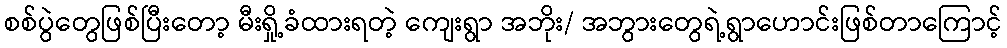
စစ်ပွဲတွေဖြစ်ပြီးတော့ မီးရှို့ခံထားရတဲ့ ကျေးရွာ အဘိုး/ အဘွားတွေရဲ့ရွာဟောင်းဖြစ်တာကြောင့်